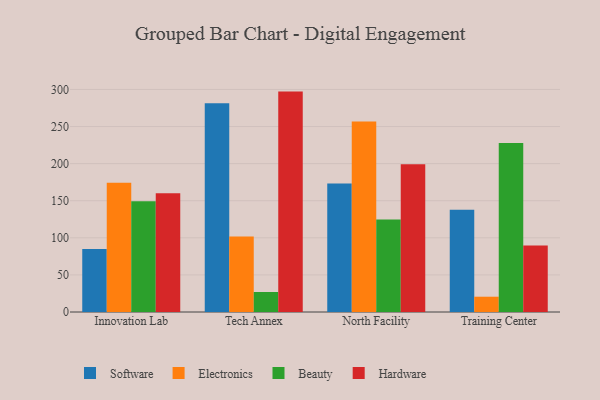
{"axis": {"x": "Campus", "y": "Production Output"}, "legend": ["Beauty", "Electronics", "Hardware", "Software"], "data": [{"x": "Innovation Lab", "y": 84.8, "type": "Software"}, {"x": "Innovation Lab", "y": 174.2, "type": "Electronics"}, {"x": "Innovation Lab", "y": 149.3, "type": "Beauty"}, {"x": "Innovation Lab", "y": 160.2, "type": "Hardware"}, {"x": "Tech Annex", "y": 281.4, "type": "Software"}, {"x": "Tech Annex", "y": 101.8, "type": "Electronics"}, {"x": "Tech Annex", "y": 27.0, "type": "Beauty"}, {"x": "Tech Annex", "y": 297.1, "type": "Hardware"}, {"x": "North Facility", "y": 173.1, "type": "Software"}, {"x": "North Facility", "y": 256.9, "type": "Electronics"}, {"x": "North Facility", "y": 124.6, "type": "Beauty"}, {"x": "North Facility", "y": 199.2, "type": "Hardware"}, {"x": "Training Center", "y": 137.8, "type": "Software"}, {"x": "Training Center", "y": 20.6, "type": "Electronics"}, {"x": "Training Center", "y": 227.8, "type": "Beauty"}, {"x": "Training Center", "y": 89.8, "type": "Hardware"}]}